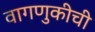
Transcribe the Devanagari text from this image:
वागणुकीची